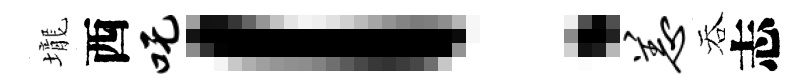
壠西吒！恙吞志